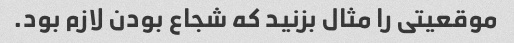
موقعیتی را مثال بزنید که شجاع بودن لازم بود.